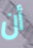
أن